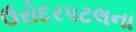
ઉરોદરપટલના